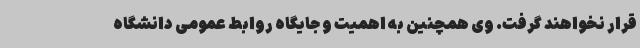
قرار نخواهند گرفت. وی همچنین به اهمیت و جایگاه روابط عمومی دانشگاه